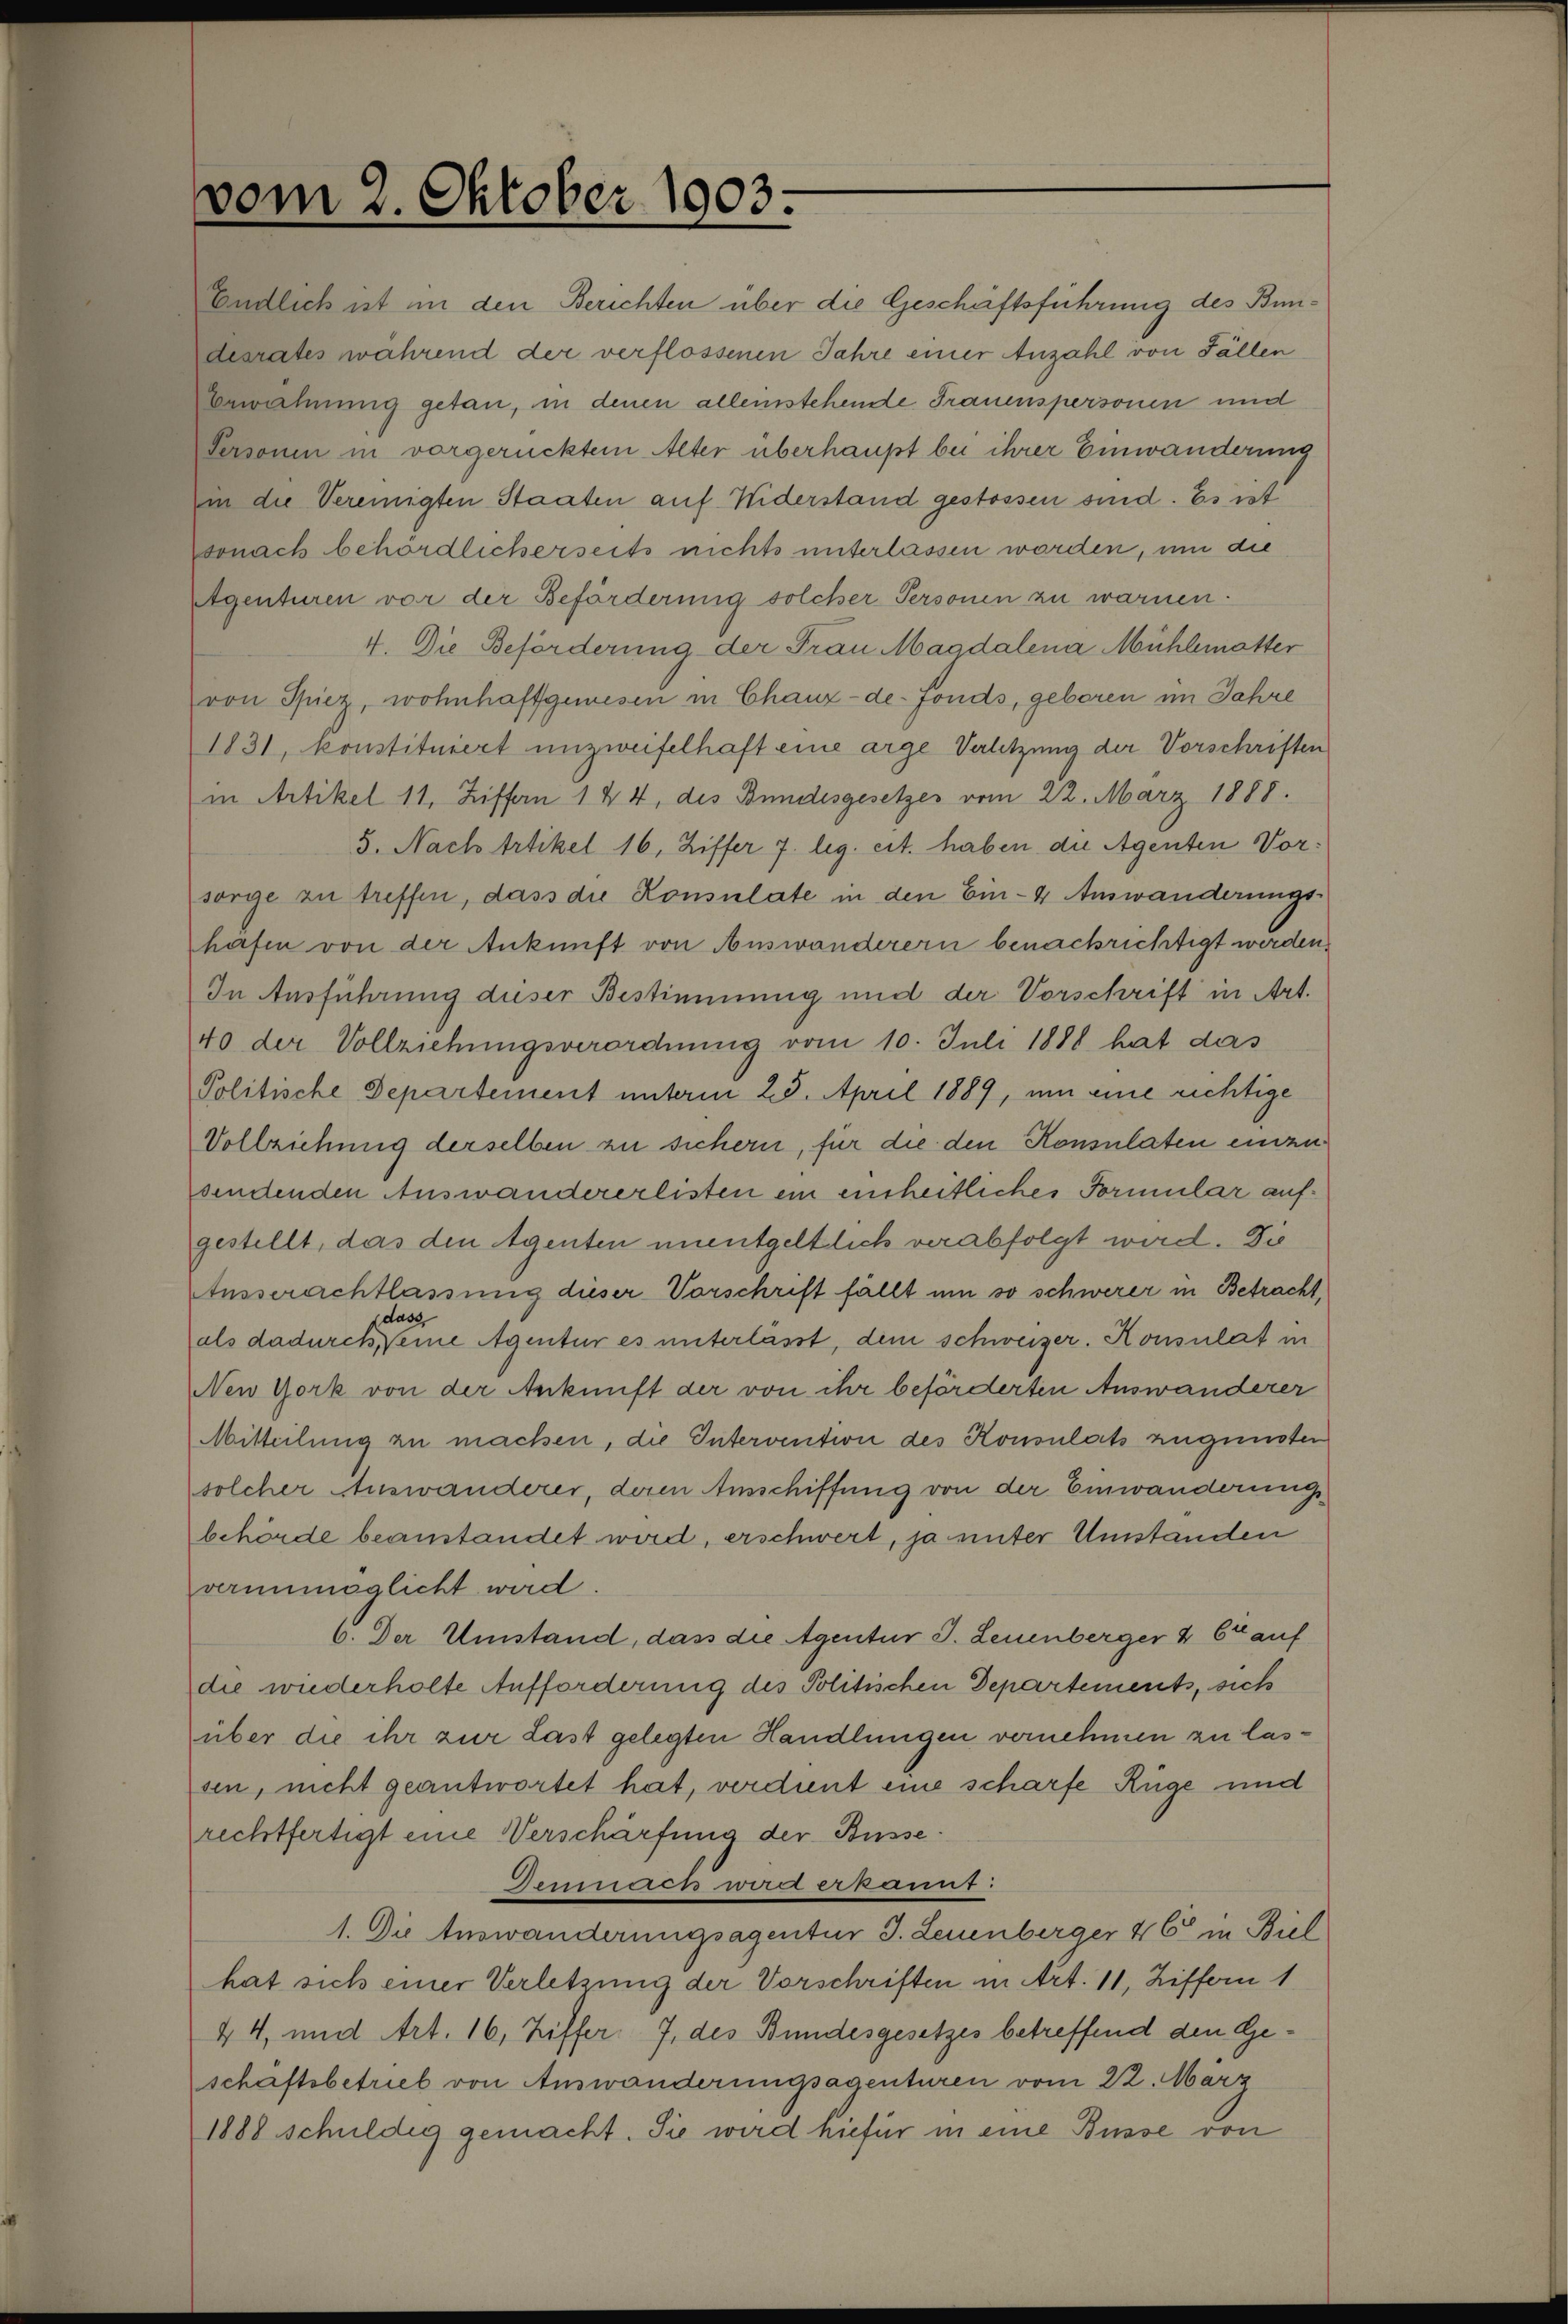
vom 2. Oktober 1903.

Endlich ist in den Berichten über die Geschäftsführung des Bundesrates während der verflossenen Jahre einer Anzahl von Fällen
Gerwähnung getan, in denen alleinstehende Frauenspersonen und
Personen in vorgerücktem Alter überhaupt bei ihrer Einwanderung
in die Vereinigten Staaten auf Widerstand gestossen sind. Es ist
sonach behördlicherseits nichts unterlassen worden, um die
Agenturen vor der Beförderung solcher Personen zu warmen.
4. Die Beförderung der Frau Magdalena Mühlematter
von Spiez, wohnhaftsgemesen in Chaux-de-Fonds, geboren im Jahre
1831, konstituiert unzweifelhaft eine arge Verletzung der Vorschriften
in Artikel 11, Ziffen 1 § 4, des Bundesgesetzes vom 22. März 1888.
5. Nach Artikel 16, Ziffer 7 leg. eit. haben die Agenten Vorsorge zu treffen, dass die Konsulate in den Ein-4 Auswanderungs-
hafen von der Ankunft von Auswanderern benachrichtigt werden,
In Ausführung dieser Bestimmung und der Vorschrift in Art.
40 der Vollziehungsverordnung vom 10. Juli 1888 hat das
Politische Departement unterm 25. April 1889, um eine richtige
Vollziehung derselben zu sichern, für die den Konsulaten einzusendenden Auswandererlisten ein einheitliches Formular aufgestellt, das den Agenten unentgeltlich verabfolgt wird. Die
Ansserachtlassung dieser Vorschrift fällt um so schwerer in Betracht,
dass
als dadurch, eine Agentur es unterlässt, dem schweizer. Konsulat in
New York von der Ankunft der von ihr beförderten Auswanderer
Mitteilung zu machen, die Intervention des Konsulats zugunster
solcher Auswanderer, deren Ausschiffung von der Einwanderung
behörde beanstandet wird, erschwert, ja unter Umstanden
verunmöglicht wird.
6. Der Umstand, dass die Agentur J. Leuenberger & 6t auf
die wiederholte Aufforderung des Politischen Departements, sich
über die ihr zur Last gelegten Handlungen vernehmen zu lassen, nicht geantwortet hat, verdient eine scharfe Rüge und
rechtfertigt eine Verschärfung der Busse
Gemein wir erkannt:
1. Die Auswanderungsagentur J. Leuenberger 46 in Biel
hat sich einer Verletzung der Vorschriften in Art. 11, Ziffern 1
44, und Art. 16, Ziffer 7 des Bundesgesetzes betreffend den Geschaftsbetrieb von Auswanderungsagenturen vom 22. März
1888 schuldig gemacht. Sie wird hiefür in eine Busse von